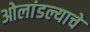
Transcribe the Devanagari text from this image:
ओलांडल्याचे